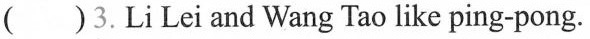
( ) 3. LiLeiand Wang Tao like ping-pong.